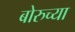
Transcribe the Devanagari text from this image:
बोरुच्या